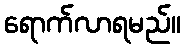
ရောက်လာရမည်။